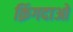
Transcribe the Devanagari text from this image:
क़िंगदाओ